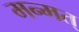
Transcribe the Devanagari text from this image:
मन्मत्